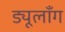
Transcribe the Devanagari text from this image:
ड्यूलाँग